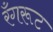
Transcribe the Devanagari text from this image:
रँगरूट